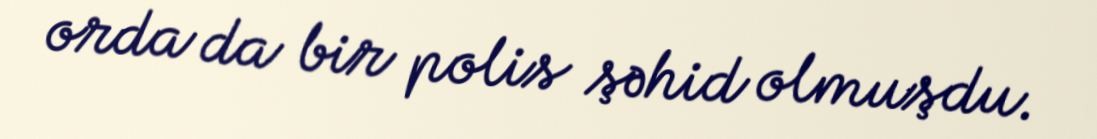
orda da bir polis şəhid olmuşdu.